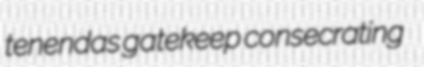
tenendas gatekeep consecrating